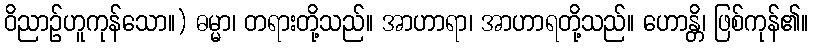
ဝိညာဉ်ဟူကုန်သော။) ဓမ္မာ၊ တရားတို့သည်။ အာဟာရာ၊ အာဟာရတို့သည်။ ဟောန္တိ၊ ဖြစ်ကုန်၏။